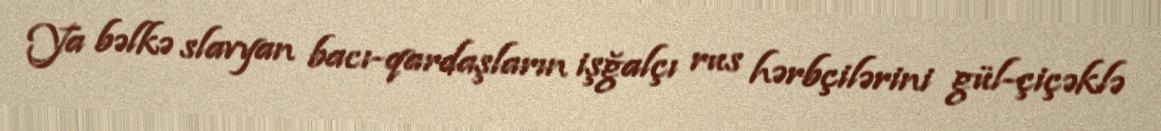
Ya bəlkə slavyan bacı-qardaşların işğalçı rus hərbçilərini gül-çiçəklə